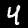
Label: 4